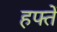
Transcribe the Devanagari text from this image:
हफ्तें